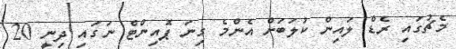
މެޗުގައި ރެޑް ލައިން ކުލަބަށް އެންމެ ގިނަ ޕޮއިންޓް ނަގައި ދިނީ 20